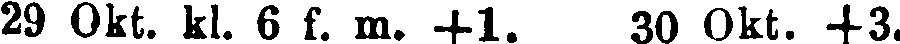
29 Okt. kl. 6 f. m. +1 30 Okt. +3.